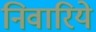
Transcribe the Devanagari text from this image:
निवारिये